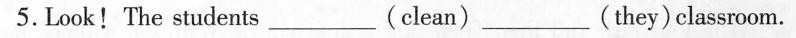
5.Look! The students ___ (clean) ___ (they)classroom.